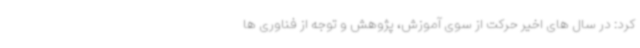
کرد: در سال های اخیر حرکت از سوی آموزش، پژوهش و توجه از فناوری ها